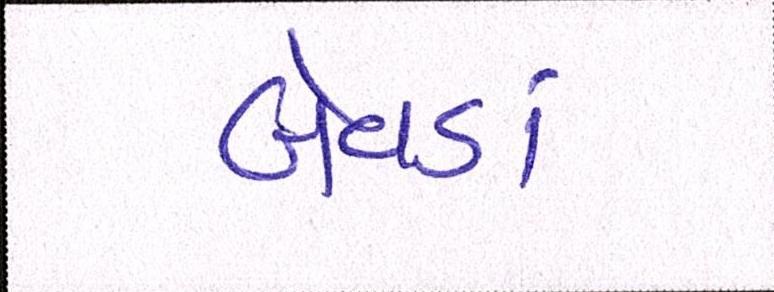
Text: બેવડાં